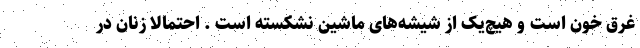
غرق خون است و هیچ‌یک از شیشه‌های ماشین نشکسته است . احتمالا زنان در